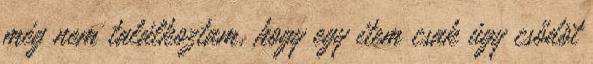
még nem találkoztam, hogy egy item csak úgy csődöt